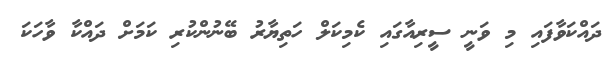
ދައްކަވާފައި މި ވަނީ ސީރިއާގައި ކެމިކަލް ހަތިޔާރު ބޭނުންކުރި ކަމަށް ދައްކާ ވާހަކަ